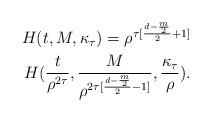
\begin{align*}H(t, M, \kappa_{\tau}) = \rho^{\tau [\frac{d - \frac{m}{2}}{2} + 1]}\\\;\; H(\frac{t}{\rho^{2 \tau}}, \frac{M}{\rho^{2 \tau [\frac{d - \frac{m}{2}}{2} - 1]}}, \frac{\kappa_{\tau}}{\rho}) .\end{align*}